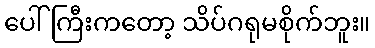
ပေါ်ကြီးကတော့ သိပ်ဂရုမစိုက်ဘူး။